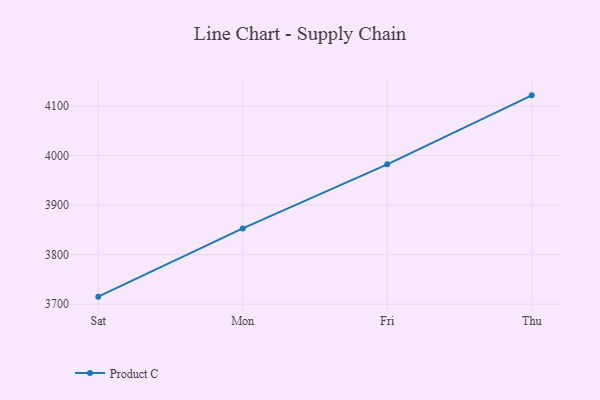
{"axis": {"x": "Day", "y": "Page Views"}, "legend": ["Product C"], "data": [{"x": "Sat", "y": 3715.4, "type": "Product C"}, {"x": "Mon", "y": 3852.9, "type": "Product C"}, {"x": "Fri", "y": 3982.2, "type": "Product C"}, {"x": "Thu", "y": 4121.2, "type": "Product C"}]}